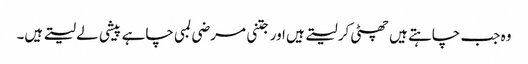
وہ جب چاہتے ہیں چھٹی کر لیتے ہیں اور جتنی مرضی لمبی چاہے پیشی لے لیتے ہیں۔